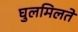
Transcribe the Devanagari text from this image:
घुलमिलते